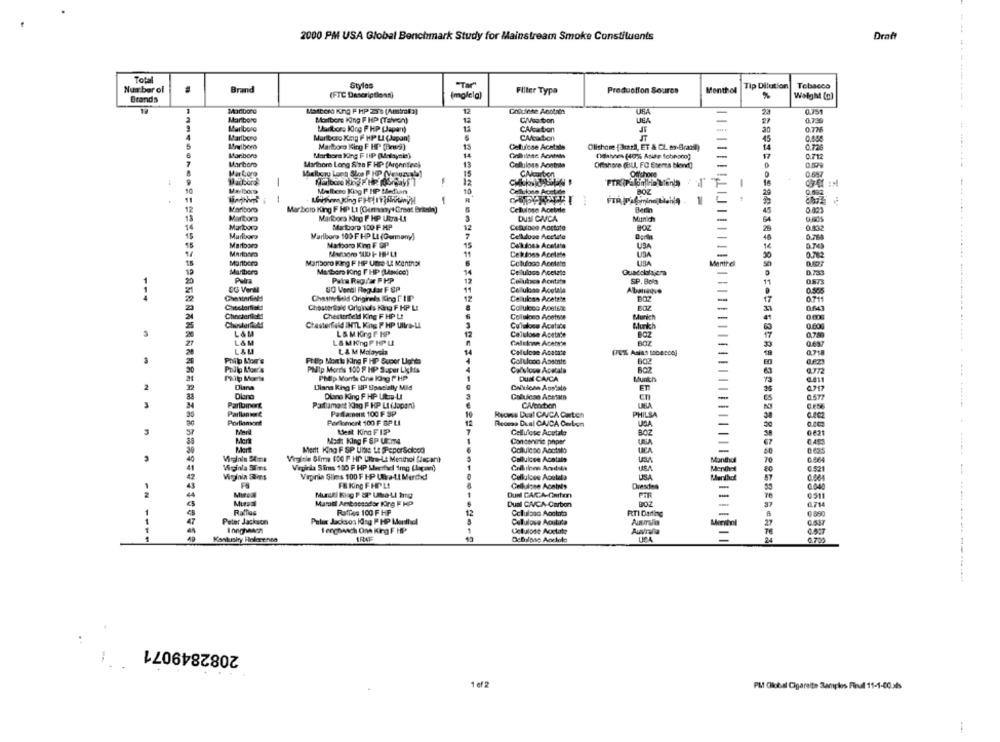
2000 PM USA Global Benchmark Study for Mainstream Smoke Constituents
Draf
Total
Number of
Brand
Stylos
"Tar"
Production Soures
Menthol
Tip Dilution
Tobacco
(FTC Descriptions)
Filter Typa
%
Wilght (a)
Brands
Maribore
USA
0.751
Marlboro
Mortbore King P HP (Talvon)
12
CMVeaston
0.739
USA
Marlboro
Madbor. King F HP (Japan)
CA/carton
0.776
Marlboro
Marlboro Xag F HP LI (Japan)
CMaabon
45
Marlboro King F HP (Pne9)
Cellulose Acetale
Olishore [arazil, ET & CL ex-Brasil)
14
Mariboro
Martora King F HIP (Malaysie)
14
(dahner (40% Aside fobhoco]
17
0.712
Marboro
Marlboro Long Size F HP (Argentine)
13
Offshore (BLI, FC Esemes blewwf)
0.579
15
Mar Cora
Offchore
0.687
-
-
12
'FIR Palono Man's
7
Moltese King F HP Median
10
Celulose Acetate
BOZ
-
Marlboro
Barin
Marboro King F HP Lt (GumanyeGreat Britain)
Maribors King F HP Ukra-LI
DUSI CACA
Munich
Marlboro
Martoro 100 F MP
Cellulose Moctate
BO
Marlboro 100 F HP LI (Germany)
Celldove Acchute
Marlboro
Matboro Kinn F SP
15
Celdoes Acetate
USA
Marinara
11
Cekions Acetate
0.782
Marlboro
Colulogo Acetate
Manthel
Maribora
Mutbors King F HP (Lavice)
Cellulosa Acetate
Palra
Pata Regar F PP
12
Celules Montato
SP. Bolo
UQ Vendi Regular F UP
Cellulcas Acctala
Albanaque
Celluless Acetate
Charmefield Originals King FLIP
12
Chesterland Originals King F HP LI
Coluloco Aoetsne
Chesterfield King F HP LI
Celuloso Acetone
Munich
ChesterDAS
Chesterfield INTL King PHP Ultra-LE
Cululoco Acetate
Munich
0.00
L&M
L& M. King F HP
Celulose Acetate
L&M
L& MKngFMPL
Calvinan Acette
L&M
L & M Malaysia
Celulose Acetate
(6% Asist tobecool
Philo Morr's
Phillip Morris King F HP Super Lights
Golulooo Assets
602
Philo Afoer's
PMip Morris 100 F HP S.per Lights
Calslove Acatala
BOZ
Philip Morts
PMip Morte One long PHP
DUN CAICA
Munt/
2
Uliana king F UP Epacially Mid
Calican Aostala
0717
Dine
Diane King F HP Uta-LI
Cabulcan Acetato
0.577
Parlbmert
Parlament Kig F KP LI (Japan)
C/Voirtien
Parllanune
Padanext 100 F SP
sons Dual CAICA Carton
PHILSA
Porliamont
Porlomort 100 F SP LI
Reoma Dual CAICA Carbon
Mark
Mest King FIP
BOZ
Cellulose Acetate
0621
Mert
Most King F SP Ut.IT4
Conconvinic phper
Mert
Merit King F SP Ultis 1: PeporScioco
UEA
Virginie Gims 100 F HP Litre-Lt Menthol (lacan)
Cellulcse Acetate
Manthal
0.064
Viginla Sirs
Virginia Sims 100 F HP Mwerfe 1mg (kaçan)
Menthal
0.52
Viginia Sims
Vapinia Slims 100 F HP Ultra-LI Merdhd!
Cellulose Acutela
Menthol
FS
FR King FHPL!
Cellulose Acaints
Dresden
-
Dunl CARGA-Garten
0511
Mupal
Maril Ambassador Fing F HP
Dual CAVCA-Carbon
BOZ
RatTios
Raffles 100 F HP
Celulbac Aochota
RTI Darting
-
Peter Jackson King PHP Monthscl
Peter Jackson
Cululove Acututa
Innghancn
1 enghanch One Kirg F HP
Celulose Acetate
Australia
----
Konkursky Holereinea
Debilode Aodole
0.755
2082849071
1 ef 2
PMf Global Cigarette Samples Final 11-1-60 als